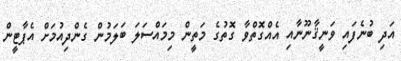
އަދި ބުނެފައި ވަނީޤާނޫނާއި އެއްގޮތްވާ ގޮތުގެ މަތީން މިމައްސަލަ ބަލަމުން ގެންދިއުމަށް އެޕާޓީން